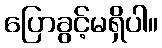
ပြောခွင့်မရှိပါ။